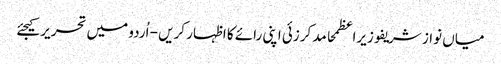
میاں نواز شریفوزیراعظمحامد کرزئی اپنی رائے کا اظہار کریں - اُردو میں تحریر کیجئے